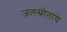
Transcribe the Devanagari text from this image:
जलस्रोतांचे